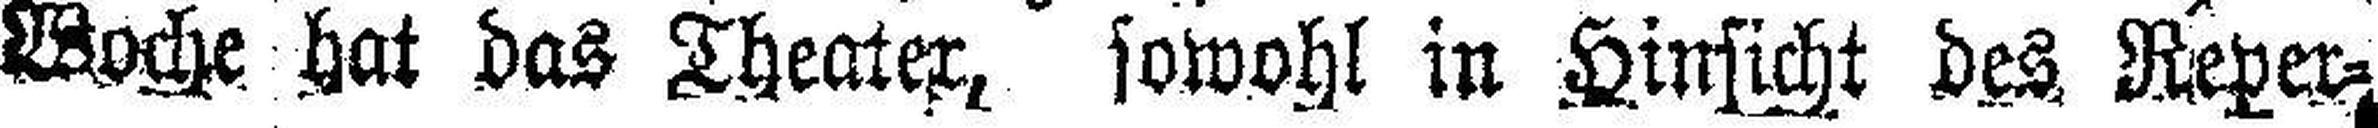
Woche hat das Theater, sowohl in Hinsicht des Reper¬